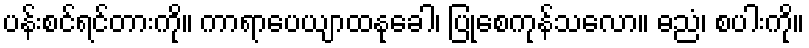
ပန်းစင်ရင်တားကို။ ကာရာပေယျာထနုခေါ၊ ပြုစေကုန်သလော။ ဓညံ၊ စပါးကို။